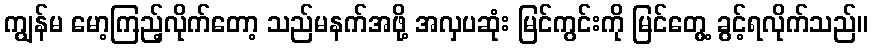
ကျွန်မ မော့ကြည့်လိုက်တော့ သည်မနက်အဖို့ အလှပဆုံး မြင်ကွင်းကို မြင်တွေ့ ခွင့်ရလိုက်သည်။